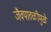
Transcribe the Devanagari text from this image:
जैवपातळीमुळे